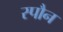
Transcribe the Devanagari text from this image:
स्पौन